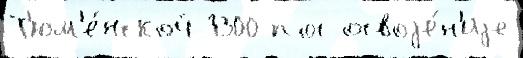
Т'юм'е́нской 1300 пос освоjе́н'иjе